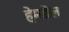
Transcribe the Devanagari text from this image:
हेमडेल